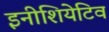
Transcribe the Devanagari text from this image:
इनीशियेटिव